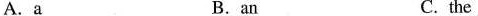
A.a B.an C.the